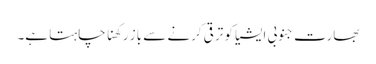
بھارت جنوبی ایشیا کو ترقی کرنے سے باز رکھنا چاہتا ہے۔